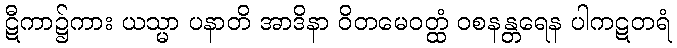
ဋီကာ၌ကား ယသ္မာ ပနာတိ အာဒိနာ ဝိတမေဝတ္ထံ ဝစနန္တရေန ပါကဋတရံ